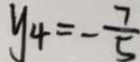
y _ { 4 } = - \frac { 7 } { 5 }